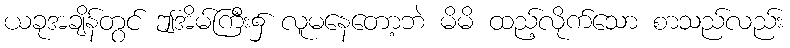
ယခုအချိန်တွင် ဤအိမ်ကြီး၌ လူမနေတော့ဘဲ မိမိ ထည့်လိုက်သော စာသည်လည်း